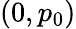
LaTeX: (0,p_{0})